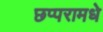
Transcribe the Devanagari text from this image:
छप्परामधे